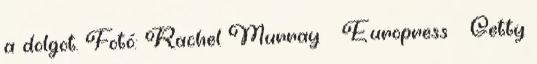
a dolgot. Fotó: Rachel Murray Europress Getty